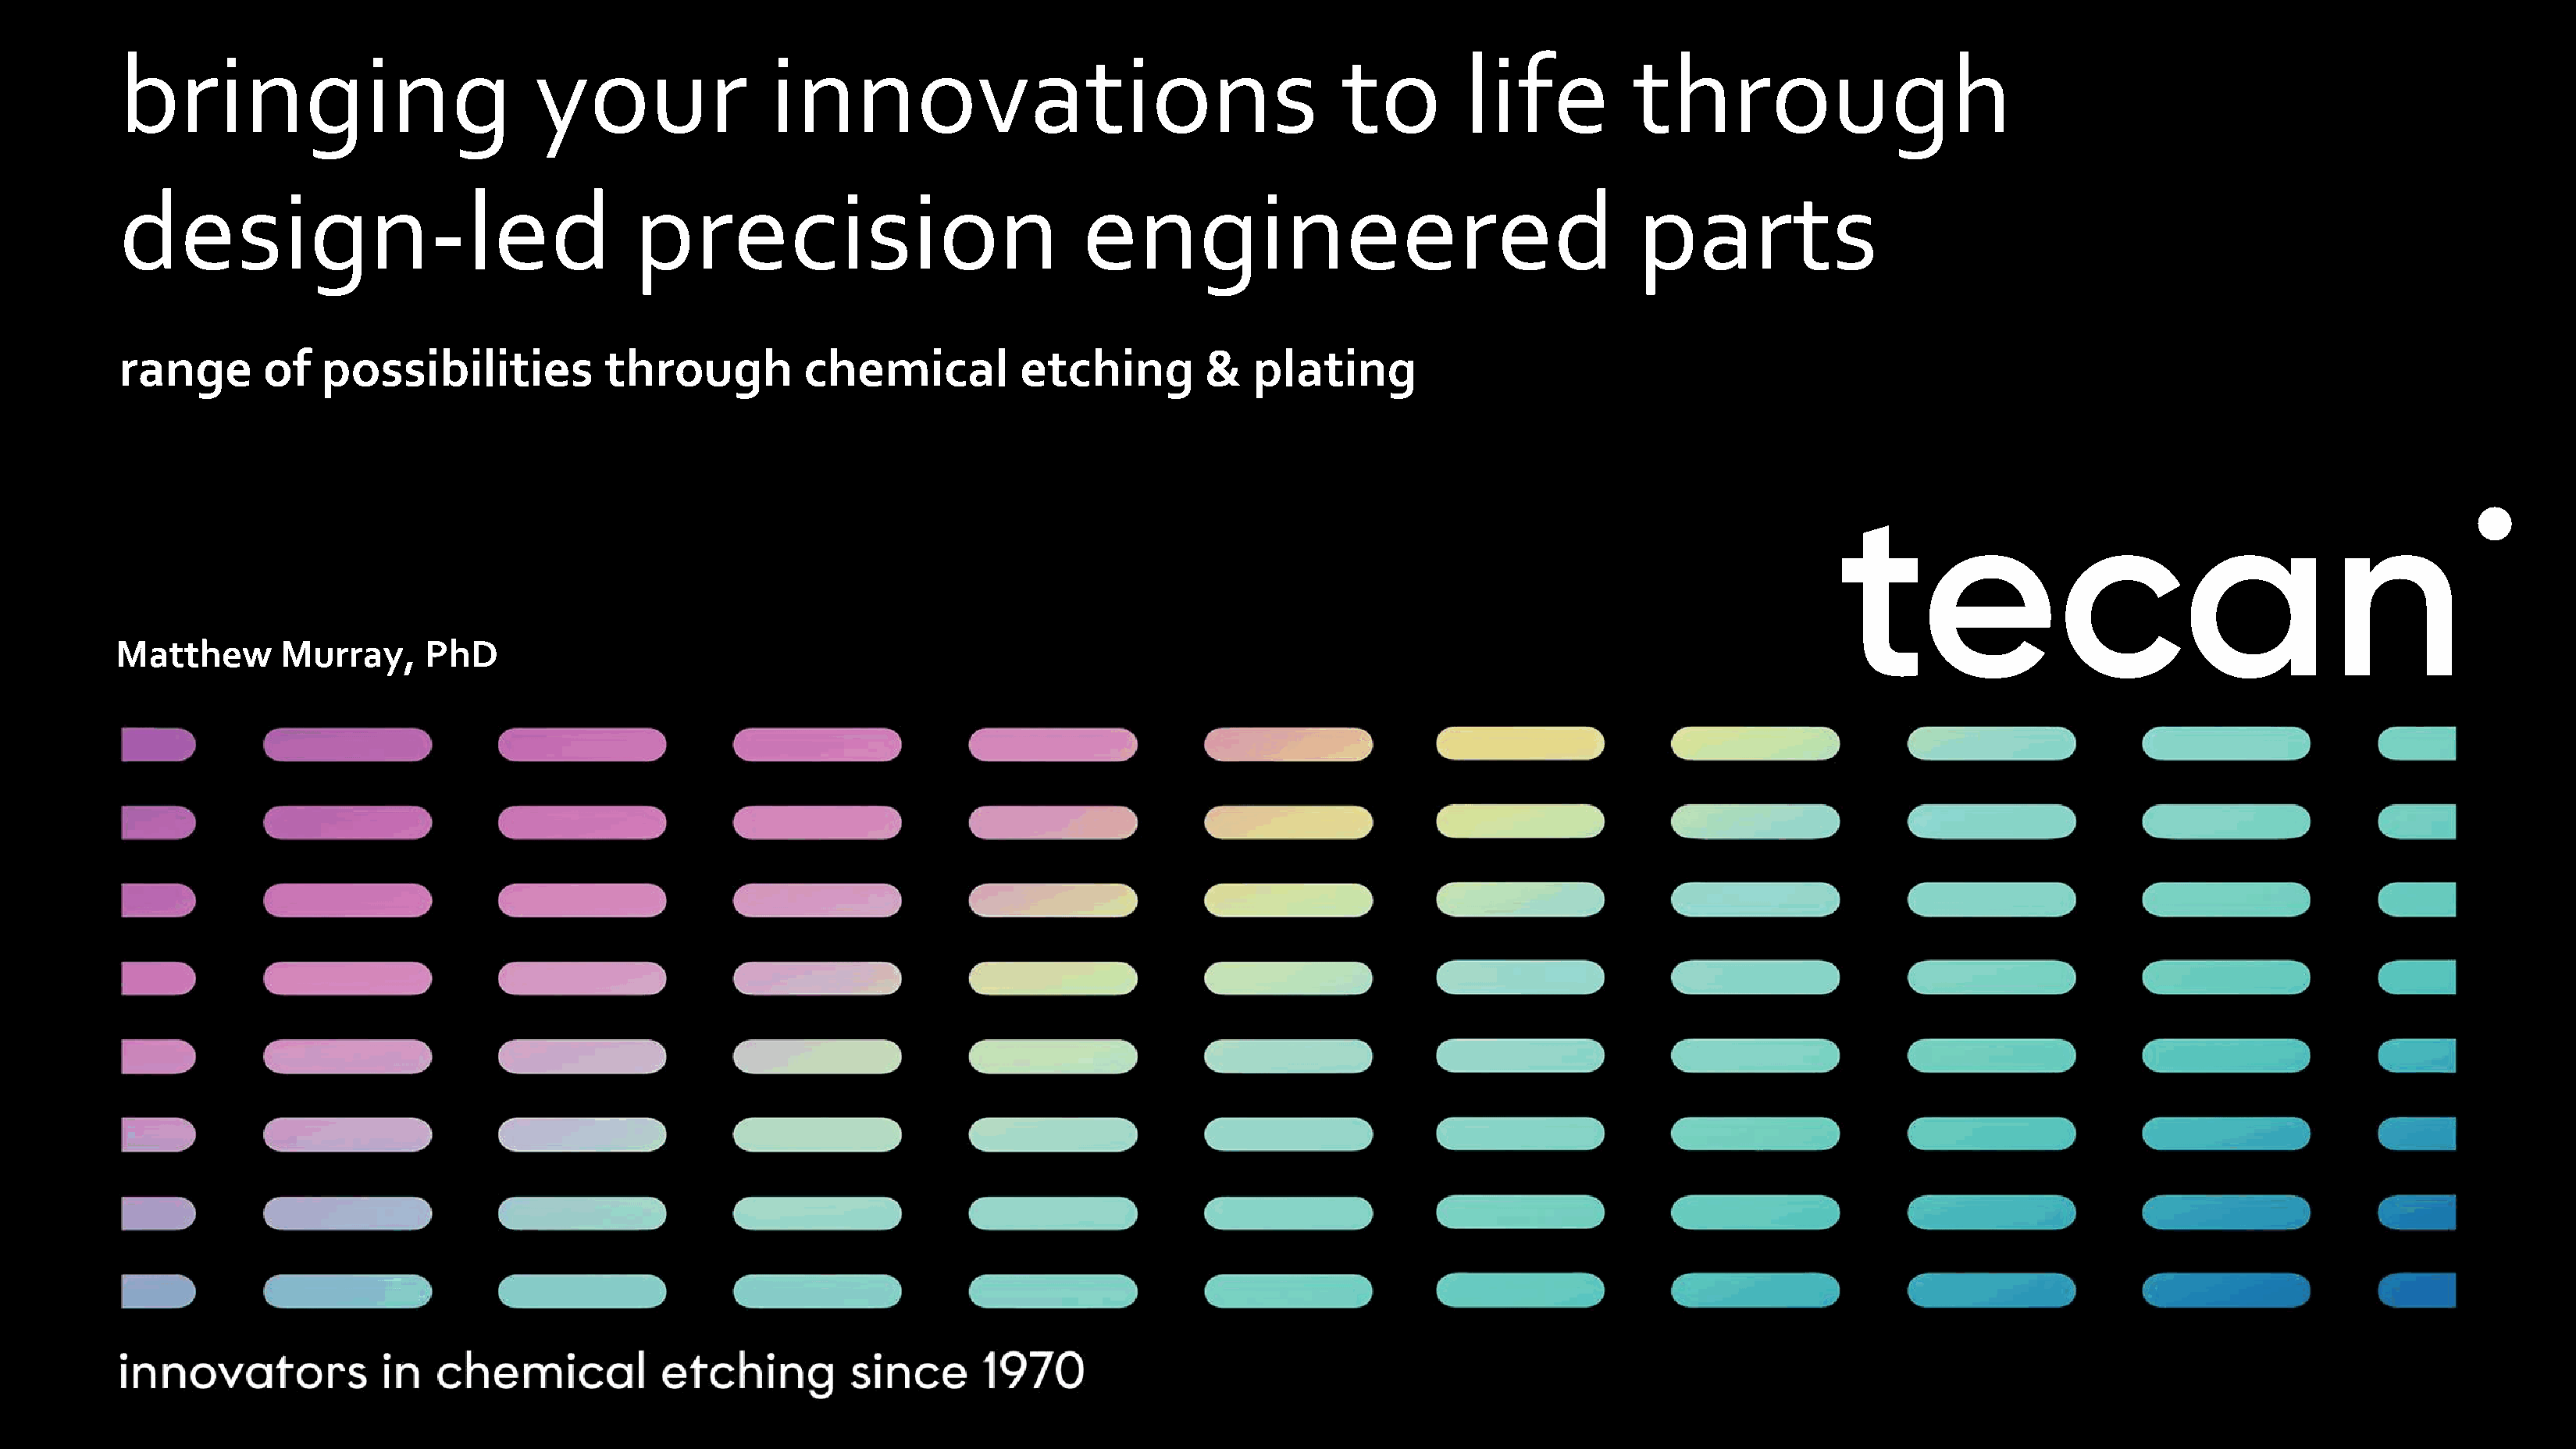
bringing                           your                innovations                                      to        life          through
 design-led                                  precision                             engineered                                     parts
 range       of   possibilities           through          chemical          etching         &   plating
 Matthew       Murray,     PhD